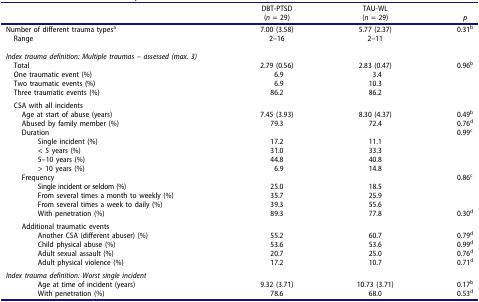
<table><thead><tr><td><b> </b></td><td><b>DBT-PTSD(<i>n</i> = 29)</b></td><td><b>TAU-WL(<i>n</i> = 29)</b></td><td><b><i>p</i></b></td></tr></thead><tbody><tr><td>Number of different trauma types<sup>a</sup></td><td>7.00 (3.58)</td><td>5.77 (2.37)</td><td>0.31<sup>b</sup></td></tr><tr><td> Range</td><td>2–16</td><td>2–11</td><td> </td></tr><tr><td> </td><td> </td><td> </td><td> </td></tr><tr><td><i>Index trauma definition: Multiple traumas – assessed (max. 3)</i></td><td> </td><td> </td><td> </td></tr><tr><td> Total</td><td>2.79 (0.56)</td><td>2.83 (0.47)</td><td>0.96<sup>b</sup></td></tr><tr><td> One traumatic event (%)</td><td>6.9</td><td>3.4</td><td> </td></tr><tr><td> Two traumatic events (%)</td><td>6.9</td><td>10.3</td><td> </td></tr><tr><td> Three traumatic events (%)</td><td>86.2</td><td>86.2</td><td> </td></tr><tr><td> CSA with all incidents</td><td> </td><td> </td><td> </td></tr><tr><td>Age at start of abuse (years)</td><td>7.45 (3.93)</td><td>8.30 (4.37)</td><td>0.49<sup>b</sup></td></tr><tr><td>Abused by family member (%)</td><td>79.3</td><td>72.4</td><td>0.76<sup>d</sup></td></tr><tr><td>Duration</td><td> </td><td> </td><td>0.99<sup>c</sup></td></tr><tr><td>Single incident (%)</td><td>17.2</td><td>11.1</td><td> </td></tr><tr><td>&lt; 5 years (%)</td><td>31.0</td><td>33.3</td><td> </td></tr><tr><td>5–10 years (%)</td><td>44.8</td><td>40.8</td><td> </td></tr><tr><td>&gt; 10 years (%)</td><td>6.9</td><td>14.8</td><td> </td></tr><tr><td>Frequency</td><td> </td><td> </td><td>0.86<sup>c</sup></td></tr><tr><td>Single incident or seldom (%)</td><td>25.0</td><td>18.5</td><td> </td></tr><tr><td>From several times a month to weekly (%)</td><td>35.7</td><td>25.9</td><td> </td></tr><tr><td>From several times a week to daily (%)</td><td>39.3</td><td>55.6</td><td> </td></tr><tr><td>With penetration (%)</td><td>89.3</td><td>77.8</td><td>0.30<sup>d</sup></td></tr><tr><td>Additional traumatic events</td><td> </td><td> </td><td> </td></tr><tr><td>Another CSA (different abuser) (%)</td><td>55.2</td><td>60.7</td><td>0.79<sup>d</sup></td></tr><tr><td>Child physical abuse (%)</td><td>53.6</td><td>53.6</td><td>0.99<sup>d</sup></td></tr><tr><td>Adult sexual assault (%)</td><td>20.7</td><td>25.0</td><td>0.76<sup>d</sup></td></tr><tr><td>Adult physical violence (%)</td><td>17.2</td><td>10.7</td><td>0.71<sup>d</sup></td></tr><tr><td><i>Index trauma definition: Worst single incident</i></td><td> </td><td> </td><td> </td></tr><tr><td>Age at time of incident (years)</td><td>9.32 (3.71)</td><td>10.73 (3.71)</td><td>0.17<sup>b</sup></td></tr><tr><td>With penetration (%)</td><td>78.6</td><td>68.0</td><td>0.53<sup>d</sup></td></tr></tbody></table>